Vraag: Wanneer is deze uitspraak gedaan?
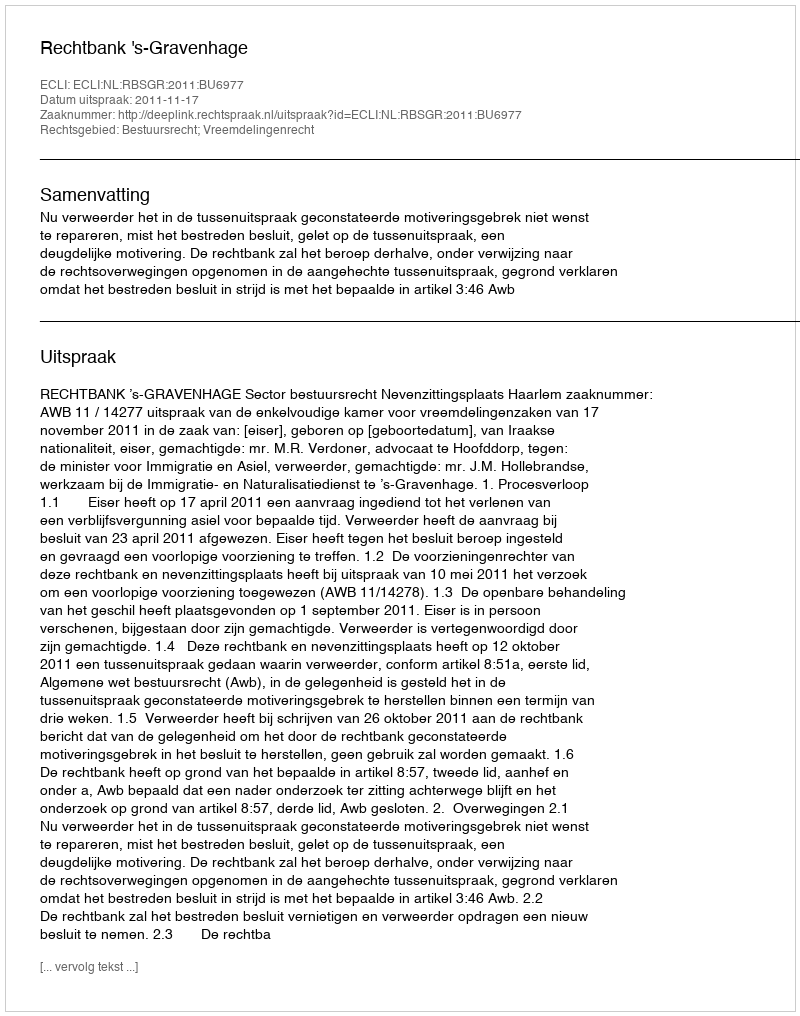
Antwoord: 2011-11-17